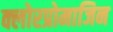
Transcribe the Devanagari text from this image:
क्लोरप्रोमाजिन